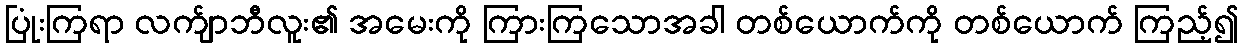
ပြုံးကြရာ လက်ျာဘီလူး၏ အမေးကို ကြားကြသောအခါ တစ်ယောက်ကို တစ်ယောက် ကြည့်၍